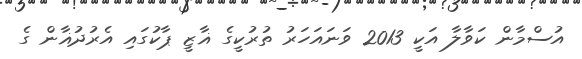
އުސްމާން ކަވާލާ އަކީ 2013 ވަނައަހަރު ތުރުކީގެ ޣާޒީ ޕާކުގައި އެރުދުޣާން ގެ